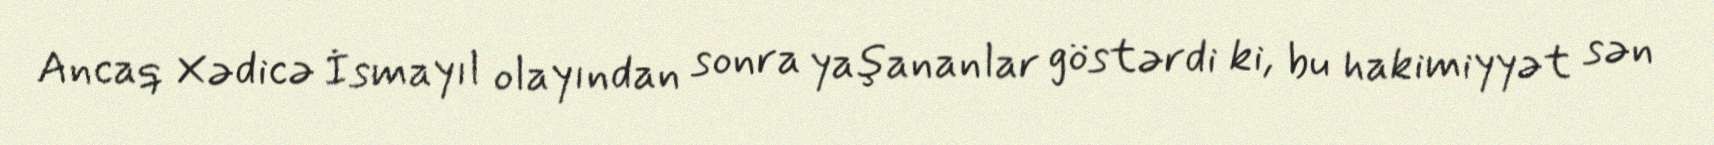
Ancaq Xədicə İsmayıl olayından sonra yaşananlar göstərdi ki, bu hakimiyyət sən